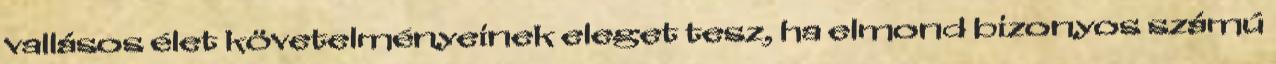
vallásos élet követelményeinek eleget tesz, ha elmond bizonyos számú